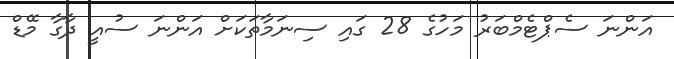
އަންނަ ސެޕްޓެމްބަރު މަހުގެ 28 ގައި ސިނަމާތަކަށް އަންނަ ސުއީ ދާގާ މޭޑް